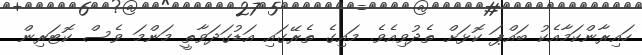
ހައިރާންކަމާއެކު ބައްޕަ ކޮޅަށް ތެދުވިއެވެ. މައިގެ ތެރޭގައި އަޑުގަދަވާތީ މަންމަ ވެސް ކޮޓަރިން